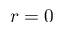
r = 0